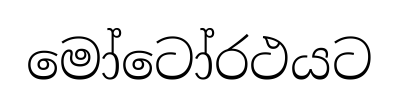
මෝටෝරථයට